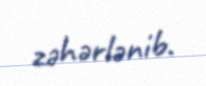
zəhərlənib.